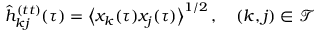
\hat { h } _ { k j } ^ { ( t t ) } ( \tau ) = \big \langle x _ { k } ( \tau ) x _ { j } ( \tau ) \big \rangle ^ { 1 / 2 } \, , \quad ( k , j ) \in \mathcal { T }